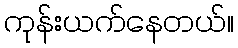
ကုန်းယက်နေတယ်။